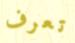
تعرف